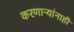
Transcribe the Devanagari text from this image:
करणाऱ्यांनाही